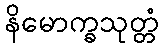
နိမောက္ခသုတ္တံ